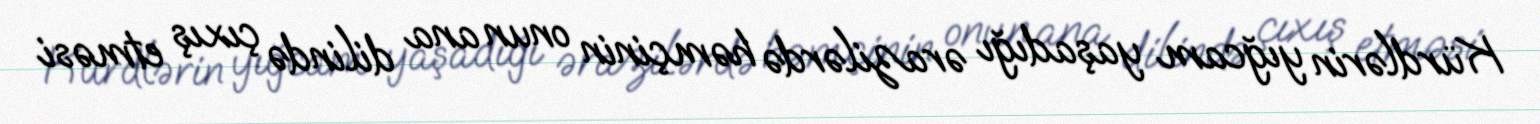
Kürdlərin yığcam yaşadığı ərazilərdə həmçinin onun ana dilində çıxış etməsi